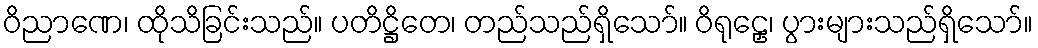
ဝိညာဏေ၊ ထိုသိခြင်းသည်။ ပတိဋ္ဌိတေ၊ တည်သည်ရှိသော်။ ဝိရုဠှေ၊ ပွားများသည်ရှိသော်။